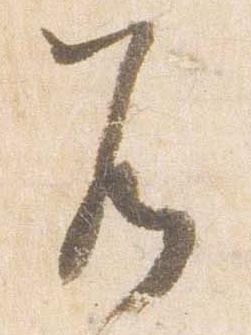
若